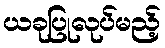
ယခုပြုလုပ်မည့်